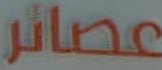
عصائر